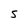
Character: S